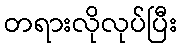
တရားလိုလုပ်ပြီး